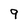
Character: 9